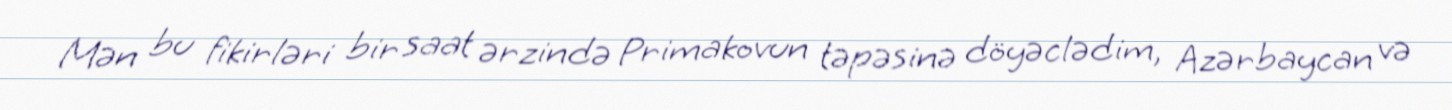
Mən bu fikirləri bir saat ərzində Primakovun təpəsinə döyəclədim, Azərbaycan və